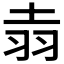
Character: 𫅢